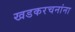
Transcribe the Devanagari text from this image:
खडकरचनांना